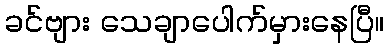
ခင်ဗျား သေချာပေါက်မှားနေပြီ။